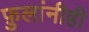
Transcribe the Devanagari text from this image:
फ़ुलांनीही